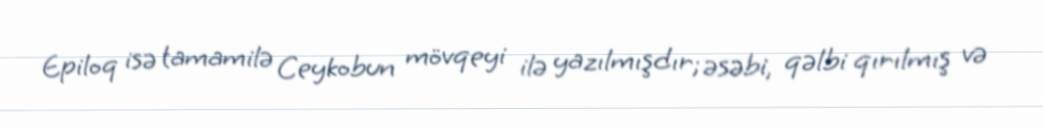
Epiloq isə tamamilə Ceykobun mövqeyi ilə yazılmışdır; əsəbi, qəlbi qırılmış və